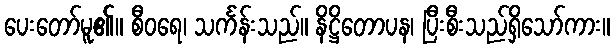
ပေးတော်မူ၏။ စီဝရေ၊ သင်္ကန်းသည်။ နိဋ္ဌိတောပန၊ ပြီးစီးသည်ရှိသော်ကား။